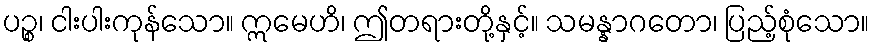
ပဉ္စ၊ ငါးပါးကုန်သော။ ဣမေဟိ၊ ဤတရားတို့နှင့်။ သမန္နာဂတော၊ ပြည့်စုံသော။